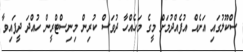
ސްކޫލުގައި އަށެއް އުފެއްދުމަށް މީގެ މަހެއްހާ ދުވަސް ކުރިން މިނިސްޓްރީން ހުއްދަ ދީފައިވާ